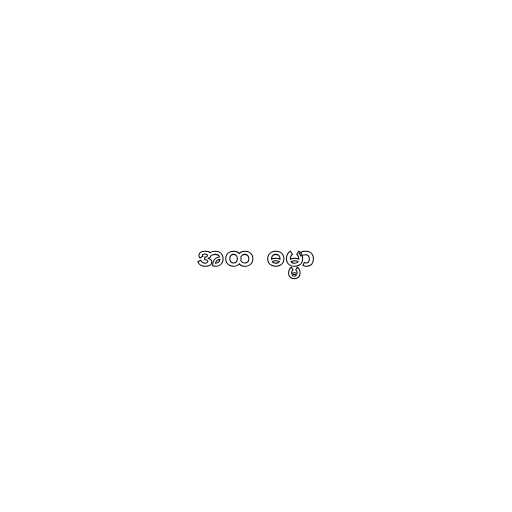
အထ  ဓမ္မာ